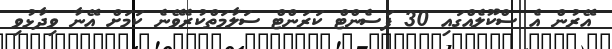
އޭރުން އެ ސްކޫލެއްގައި 30 ޕަސެންޓް ކަރަންޓް ސަލާމަތްކުރެވޭނެ ކަމަށް އޭނާ ވިދާޅުވި